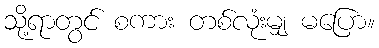
သို့ရာတွင် စကား တစ်လုံးမျှ မပြော။